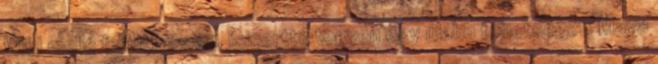
Wild mellé felfuttasson, ismertté tegyen egy újabb tehetséget. Maya